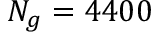
N _ { g } = 4 4 0 0